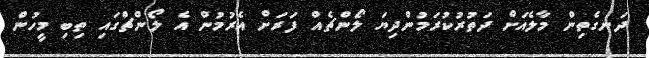
ދަނގެތިން މާލެއަށް ދަތުރުކުރަމުންދިޔަ ލޯންޗެއް ފަރަށް އެރުމުން އެ ލޯންޗްގައި ތިބި މީހުން